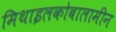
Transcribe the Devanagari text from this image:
मिथाइलकोबालामीन